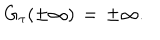
G _ { \tau } ( \pm \infty ) \, = \, \pm \infty .